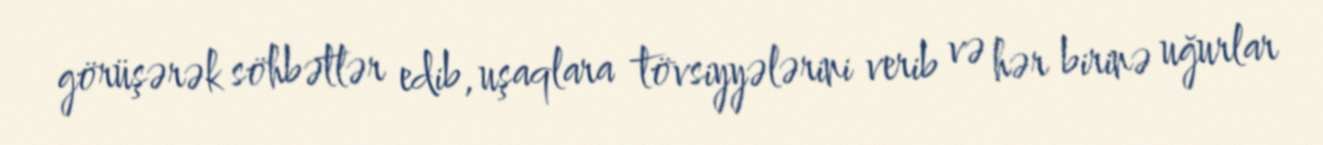
görüşərək söhbətlər edib, uşaqlara tövsiyyələrini verib və hər birinə uğurlar